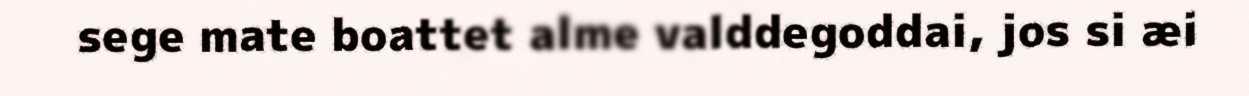
sege mate boattet alme valddegoddai, jos si æi